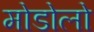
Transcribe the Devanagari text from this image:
मोडोलो